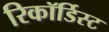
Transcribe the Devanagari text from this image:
रिकॉर्डिस्ट